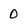
Character: 0